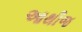
આથીજ